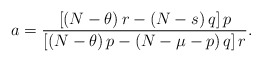
\begin{align*}a=\frac{\left[ \left( N-\theta\right) r-\left( N-s\right) q\right]p}{\left[ \left( N-\theta\right) p-\left( N-\mu-p\right) q\right] r}.\end{align*}